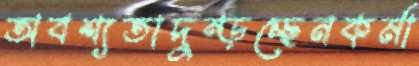
অবশ্যতাদুম্‌ড়চ্ছেনকর্মা